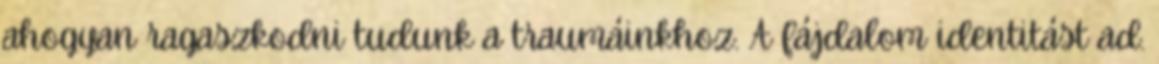
ahogyan ragaszkodni tudunk a traumáinkhoz. A fájdalom identitást ad.